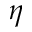
\eta